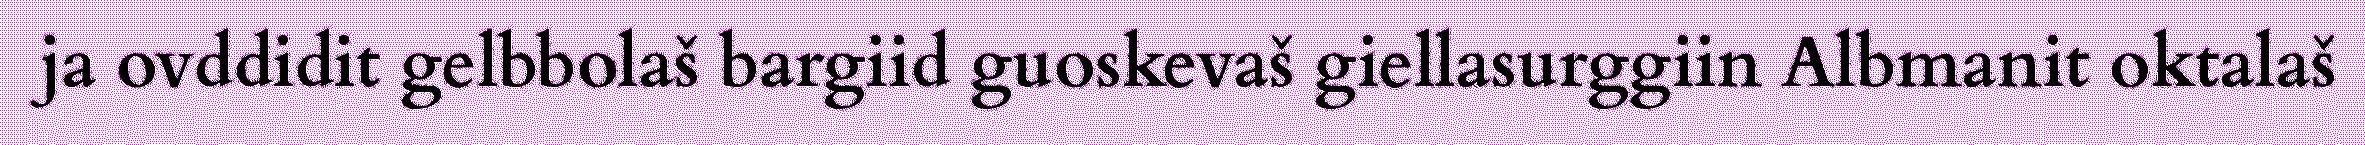
ja ovddidit gelbbolaš bargiid guoskevaš giellasurggiin Albmanit oktalaš